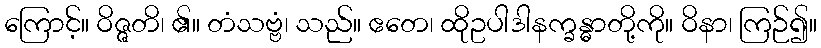
ကြောင့်။ ဝိဇ္ဇတိ၊ ၏။ တံသဗ္ဗံ၊ သည်။ ဧတေ၊ ထိုဥပါဒါနက္ခန္ဓာတို့ကို။ ဝိနာ၊ ကြဉ်၍။